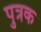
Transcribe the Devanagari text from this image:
पुत्रक